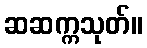
ဆဆက္ကသုတ်။